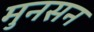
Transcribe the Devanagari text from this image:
मुनसन